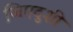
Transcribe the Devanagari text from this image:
जिएदुशी